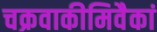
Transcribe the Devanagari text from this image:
चक्रवाकीमिवैकां